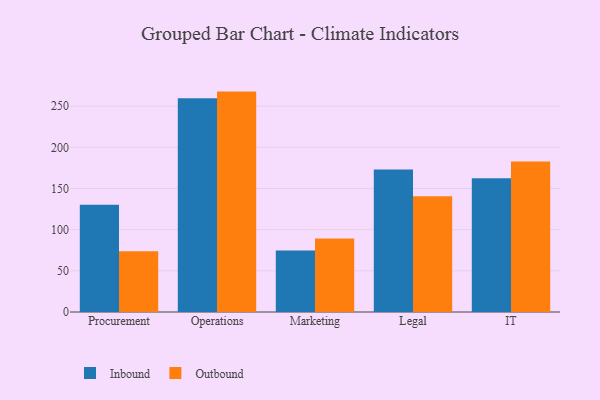
{"axis": {"x": "Department", "y": "Market Share (%)"}, "legend": ["Inbound", "Outbound"], "data": [{"x": "Procurement", "y": 130.4, "type": "Inbound"}, {"x": "Procurement", "y": 73.9, "type": "Outbound"}, {"x": "Operations", "y": 259.5, "type": "Inbound"}, {"x": "Operations", "y": 267.7, "type": "Outbound"}, {"x": "Marketing", "y": 74.7, "type": "Inbound"}, {"x": "Marketing", "y": 89.4, "type": "Outbound"}, {"x": "Legal", "y": 173.2, "type": "Inbound"}, {"x": "Legal", "y": 140.6, "type": "Outbound"}, {"x": "IT", "y": 162.5, "type": "Inbound"}, {"x": "IT", "y": 182.8, "type": "Outbound"}]}